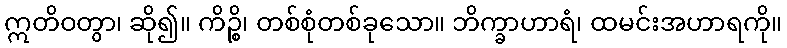
ဣတိဝတွာ၊ ဆို၍။ ကိဉ္စိ၊ တစ်စုံတစ်ခုသော။ ဘိက္ခာဟာရံ၊ ထမင်းအဟာရကို။